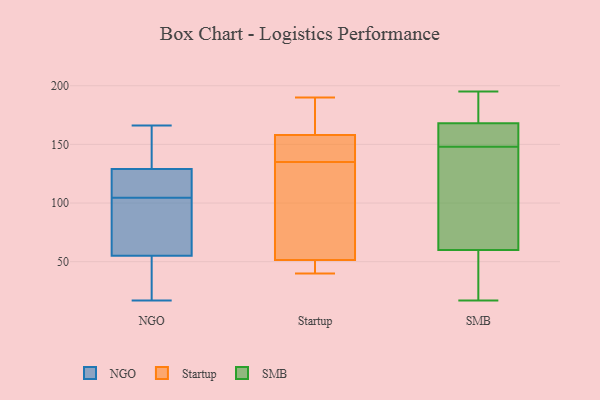
{"axis": {"x": "Website Visitors", "y": "Value"}, "legend": ["NGO", "SMB", "Startup"], "data": [{"x": "", "y": 166, "type": "NGO"}, {"x": "", "y": 129, "type": "NGO"}, {"x": "", "y": 45, "type": "NGO"}, {"x": "", "y": 123, "type": "NGO"}, {"x": "", "y": 58, "type": "NGO"}, {"x": "", "y": 106, "type": "NGO"}, {"x": "", "y": 17, "type": "NGO"}, {"x": "", "y": 166, "type": "NGO"}, {"x": "", "y": 111, "type": "NGO"}, {"x": "", "y": 155, "type": "NGO"}, {"x": "", "y": 21, "type": "NGO"}, {"x": "", "y": 100, "type": "NGO"}, {"x": "", "y": 107, "type": "NGO"}, {"x": "", "y": 61, "type": "NGO"}, {"x": "", "y": 55, "type": "NGO"}, {"x": "", "y": 103, "type": "NGO"}, {"x": "", "y": 37, "type": "NGO"}, {"x": "", "y": 141, "type": "NGO"}, {"x": "", "y": 135, "type": "Startup"}, {"x": "", "y": 68, "type": "Startup"}, {"x": "", "y": 40, "type": "Startup"}, {"x": "", "y": 41, "type": "Startup"}, {"x": "", "y": 152, "type": "Startup"}, {"x": "", "y": 92, "type": "Startup"}, {"x": "", "y": 160, "type": "Startup"}, {"x": "", "y": 46, "type": "Startup"}, {"x": "", "y": 190, "type": "Startup"}, {"x": "", "y": 183, "type": "Startup"}, {"x": "", "y": 143, "type": "Startup"}, {"x": "", "y": 136, "type": "SMB"}, {"x": "", "y": 169, "type": "SMB"}, {"x": "", "y": 112, "type": "SMB"}, {"x": "", "y": 162, "type": "SMB"}, {"x": "", "y": 168, "type": "SMB"}, {"x": "", "y": 174, "type": "SMB"}, {"x": "", "y": 160, "type": "SMB"}, {"x": "", "y": 93, "type": "SMB"}, {"x": "", "y": 195, "type": "SMB"}, {"x": "", "y": 20, "type": "SMB"}, {"x": "", "y": 60, "type": "SMB"}, {"x": "", "y": 168, "type": "SMB"}, {"x": "", "y": 47, "type": "SMB"}, {"x": "", "y": 17, "type": "SMB"}]}